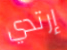
إرتدي